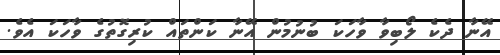
އޭނާ ދެކެ ލޯބިވާ ވާހަކަ ބުނުމުން އޭނާ ކަންތައް ކުރިގޮތުގެ ވާހަކަ އެވެ.